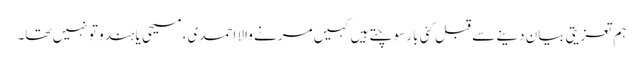
ہم تعزیتی بیان دینے سے قبل کئی بار سوچتے ہیں کہیں مرنے والا احمدی، مسیحی یا ہندو تو نہیں تھا۔